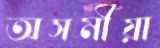
অসমীয়া